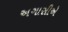
અગાસીએ